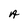
Character: A